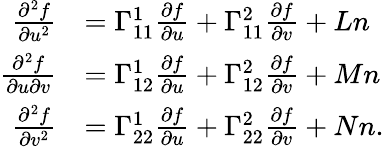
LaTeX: {\begin{array}{rl}{{\frac{\partial^{2}f}{\partial u^{2}}}}&{=\Gamma_{11}^{1}{\frac{\partial f}{\partial u}}+\Gamma_{11}^{2}{\frac{\partial f}{\partial v}}+Ln}\\ {{\frac{\partial^{2}f}{\partial u\partial v}}}&{=\Gamma_{12}^{1}{\frac{\partial f}{\partial u}}+\Gamma_{12}^{2}{\frac{\partial f}{\partial v}}+Mn}\\ {{\frac{\partial^{2}f}{\partial v^{2}}}}&{=\Gamma_{22}^{1}{\frac{\partial f}{\partial u}}+\Gamma_{22}^{2}{\frac{\partial f}{\partial v}}+Nn.}\end{array}}